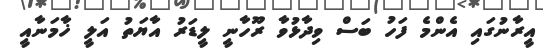
އީރާނުގައި އެންމެ ފަހު ބަސް ވިދާޅުވާ ރޫހާނީ ލީޑަރު އާޔަތު އަލީ ޚާމަނާއީ